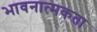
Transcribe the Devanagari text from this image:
भावनात्मकता